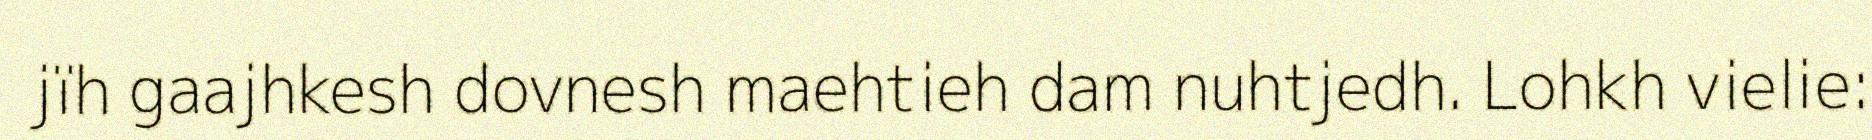
jïh gaajhkesh dovnesh maehtieh dam nuhtjedh. Lohkh vielie: